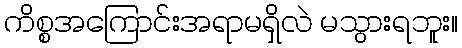
ကိစ္စအကြောင်းအရာမရှိလဲ မသွားရဘူး။